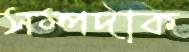
সম্পদাক